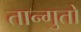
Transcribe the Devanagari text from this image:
तान्गुतों